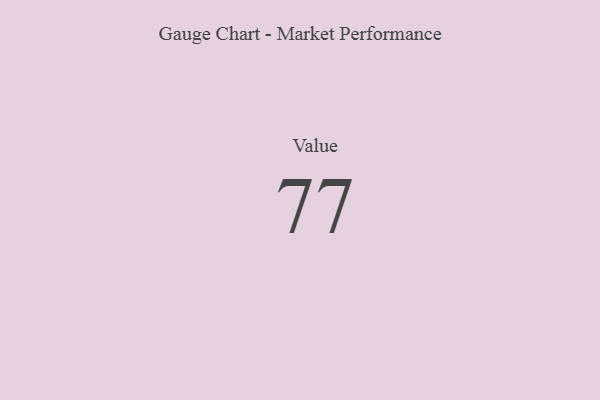
{"axis": {"x": "Metric", "y": "Value"}, "legend": [""], "data": [{"x": "Value", "y": 77, "type": ""}]}